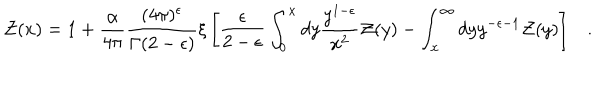
{ \cal Z } ( x ) = 1 + \frac { \alpha } { 4 \pi } \frac { ( 4 \pi ) ^ { \epsilon } } { \Gamma ( 2 - \epsilon ) } \xi \left[ { \frac { \epsilon } { 2 - \epsilon } } \int _ { 0 } ^ { x } d y { \frac { y ^ { 1 - \epsilon } } { x ^ { 2 } } } { \cal Z } ( y ) - \int _ { x } ^ { \infty } d y y ^ { - \epsilon - 1 } { \cal Z } ( y ) \right] .